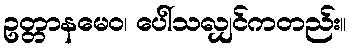
ဥတ္တာနမေဝ၊ ပေါ်သလျှင်ကတည်း။